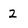
Character: 2